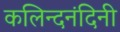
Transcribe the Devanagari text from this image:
कलिन्दनंदिनी